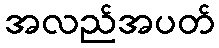
အလည်အပတ်